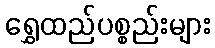
ရွှေထည်ပစ္စည်းများ